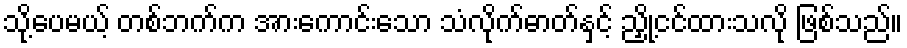
သို့ပေမယ့် တစ်ဘက်က အားကောင်းသော သံလိုက်ဓာတ်နှင့် ညှို့ငင်ထားသလို ဖြစ်သည်။